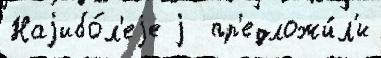
Наjибо́л'еjе j  пр'едложи́л'и